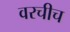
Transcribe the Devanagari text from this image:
वरचीच